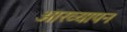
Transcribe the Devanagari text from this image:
आख्यापन